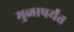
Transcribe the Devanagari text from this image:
मुळापर्यंत